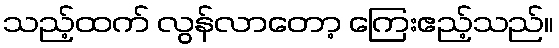
သည့်ထက် လွန်လာတော့ ကြေးဧည့်သည်။